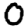
Digit: 0